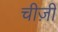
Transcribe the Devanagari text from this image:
चीज़ी